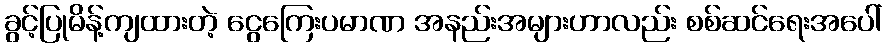
ခွင့်ပြုမိန့်ကျထားတဲ့ ငွေကြေးပမာဏ အနည်းအများဟာလည်း စစ်ဆင်ရေးအပေါ်